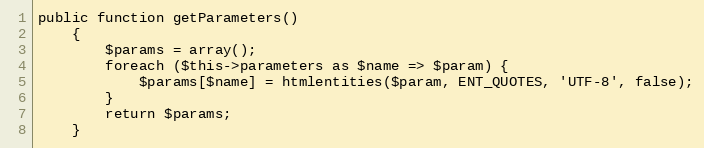
Language: PHP
public function getParameters()
    {
        $params = array();
        foreach ($this->parameters as $name => $param) {
            $params[$name] = htmlentities($param, ENT_QUOTES, 'UTF-8', false);
        }
        return $params;
    }